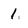
Character: 1